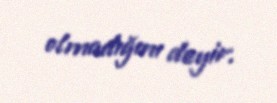
olmadığını deyir.